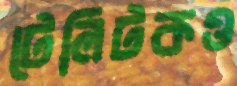
টেলিটকও